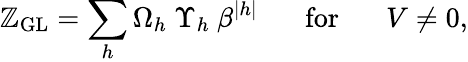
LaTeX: \mathbb{Z}_{\mathrm{{GL}}}=\sum_{h}\Omega_{h}~\Upsilon_{h}~\beta^{|h|}\; \; \; \; \; \; \mathrm{{for}}\; \; \; \; \; \; V\neq0,